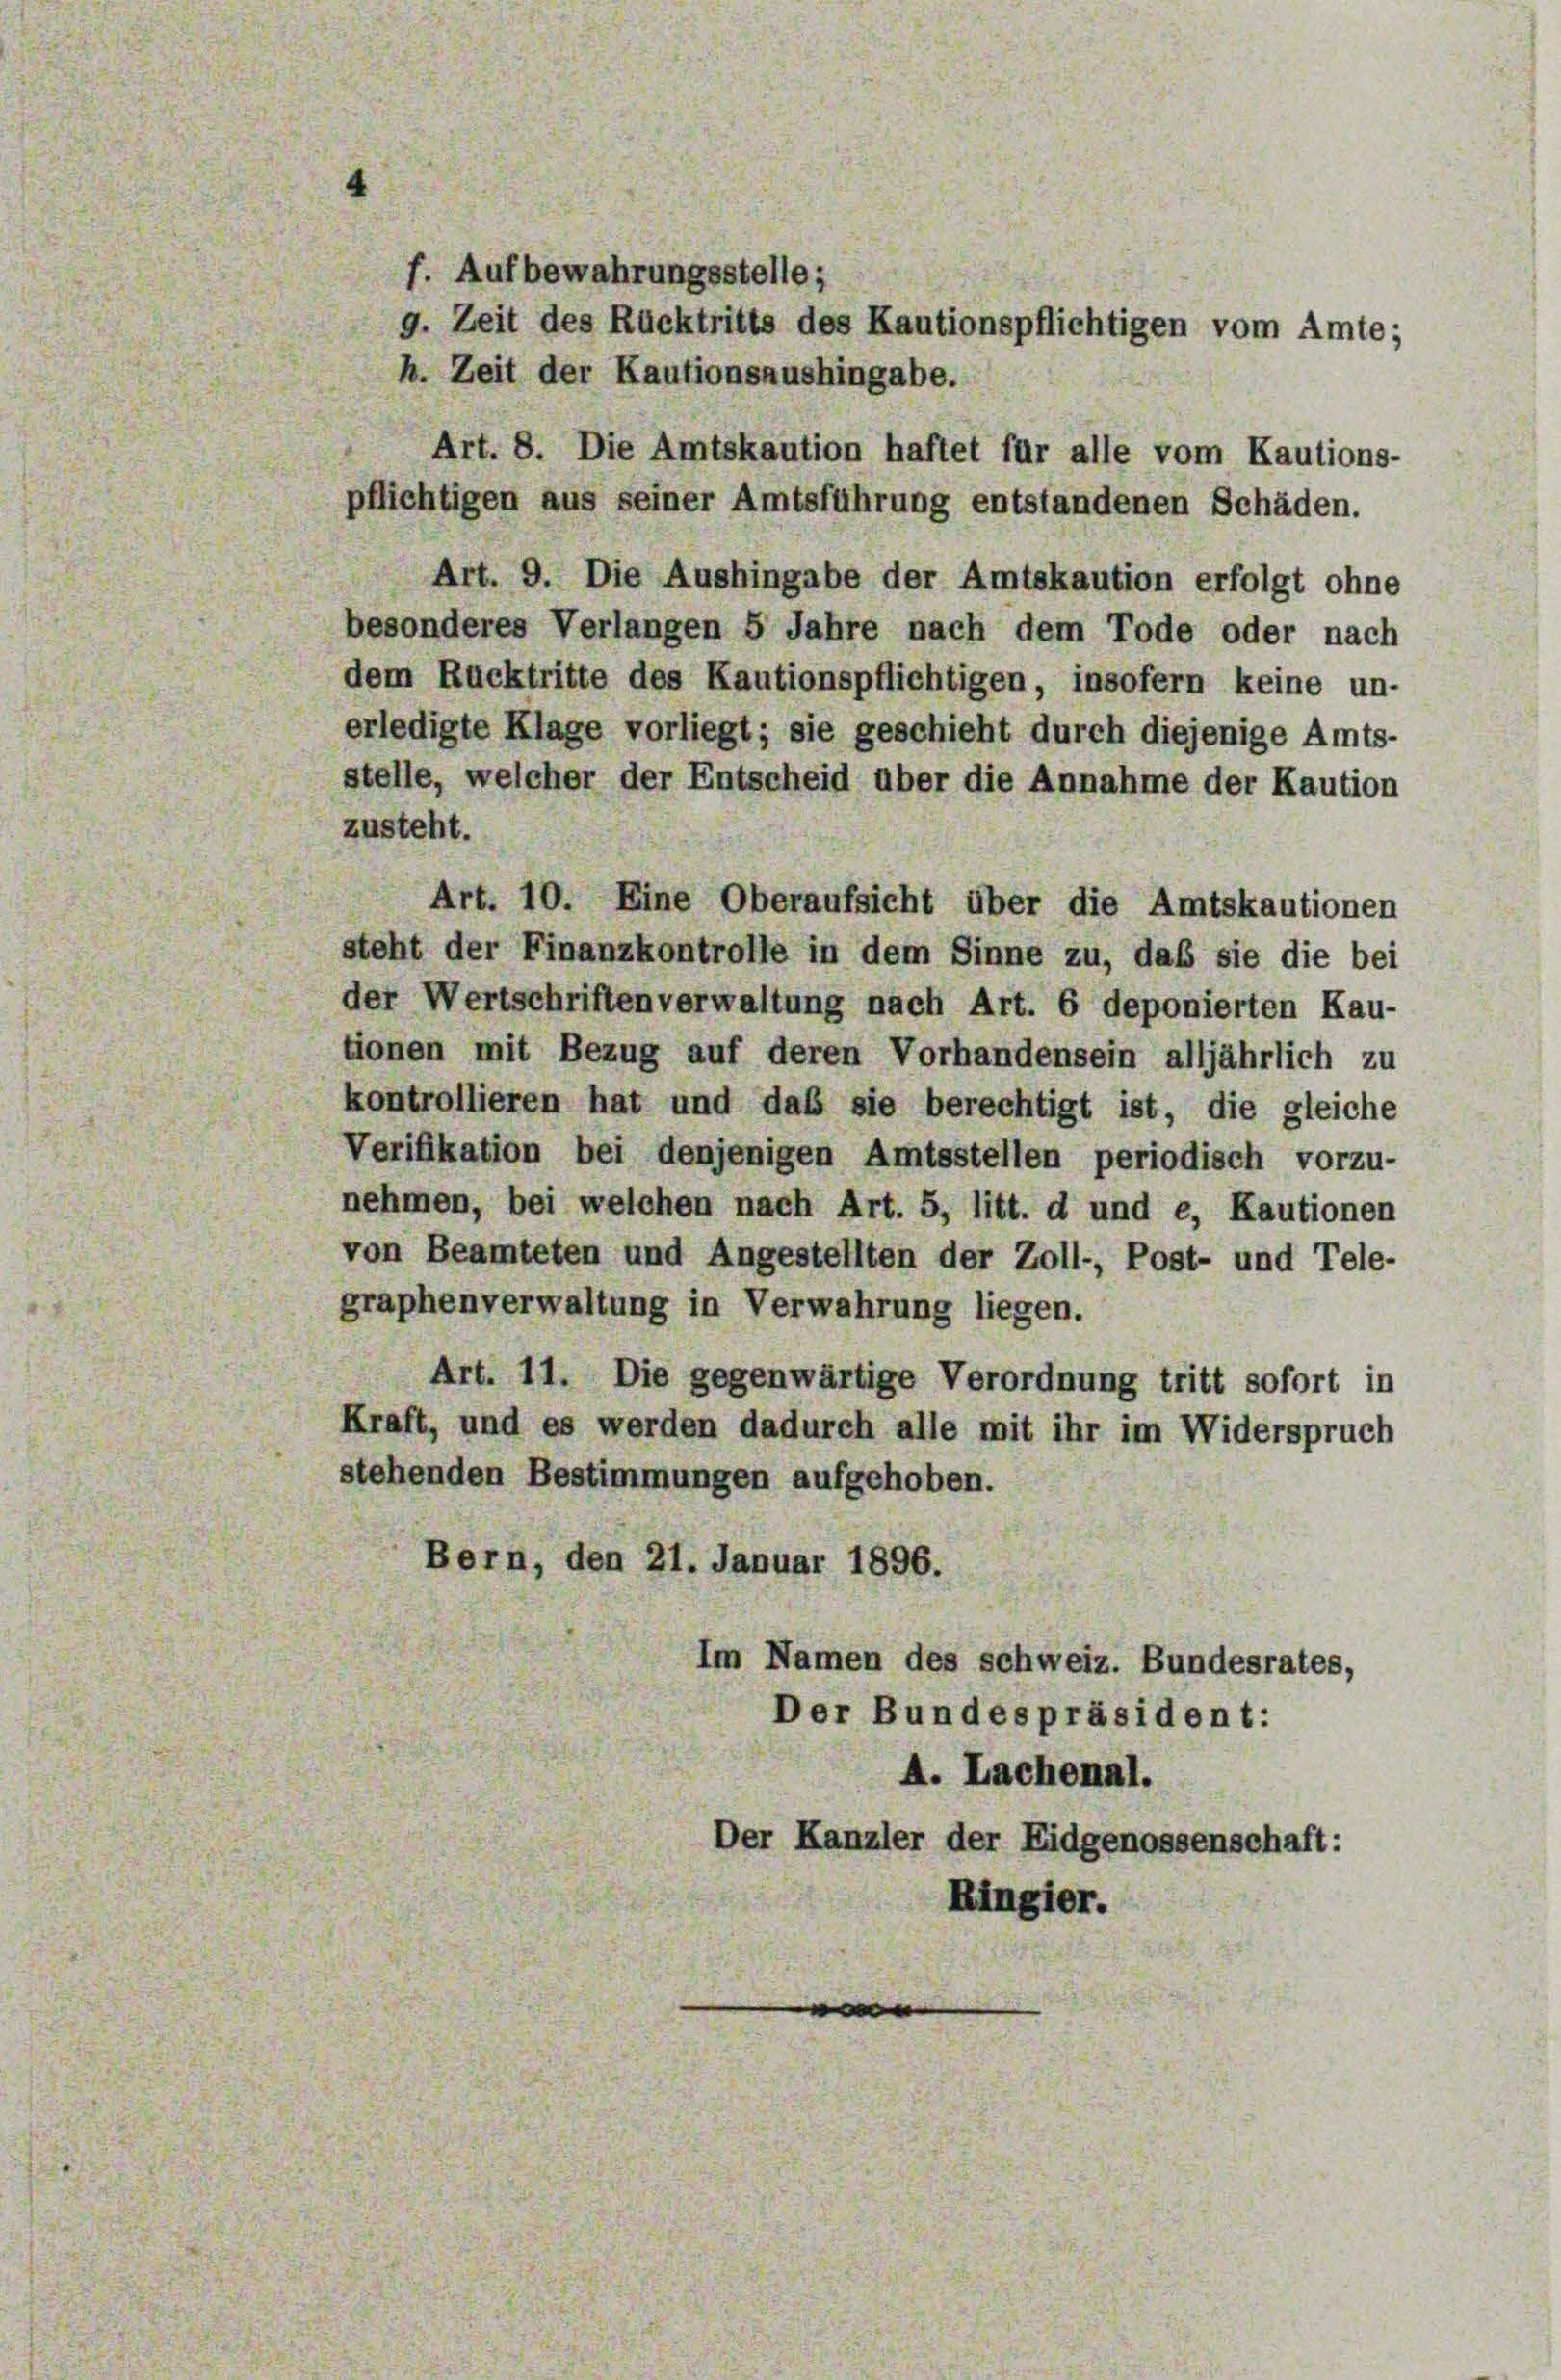
f. Aufbewahrungsstelle;
pflichtigen aus seiner Amtsführung entstandenen Schäden.
Art. 9. Die Aushingabe der Amtskaution erfolgt ohne
besonderes Verlangen 5 Jahre nach dem Tode oder nach
dem Rücktritte des Kautionspflichtigen, insofern keine un-
erledigte Klage vorliegt; sie geschieht durch diejenige Amts-
stelle, welcher der Entscheid über die Annahme der Kaution
zusteht.
Art. 10. Eine Oberaufsicht über die Amtskautionen
steht der Finanzkontrolle in dem Sinne zu, daß sie die bei
der Wertschriften verwaltung nach Art. 6 deponierten Kau-
tionen mit Bezug auf deren Vorhandensein alljährlich zu
kontrollieren hat und daß sie berechtigt ist, die gleiche
Verifikation bei denjenigen Amtsstellen periodisch vorzu-
nehmen, bei welchen nach Art. 5, litt. d und e, Kautionen
von Beamteten und Angestellten der Zoll-, Post- und Tele-
graphenverwaltung in Verwahrung liegen.
Art. 11. Die gegenwärtige Verordnung tritt sofort in
Kraft, und es werden dadurch alle mit ihr im Widerspruch
stehenden Bestimmungen aufgehoben.
Bern, den 21. Januar 1896.
Im Namen des schweiz. Bundesrates,
Der Bundespräsident:
A. Lachenal.
Der Kanzler der Eidgenossenschaft:
Ringier.

9. Zeit des Rücktritts des Kautionspflichtigen vom Amte;
h. Zeit der Kautionsaushingabe.
Art. 8. Die Amtskaution haftet für alle vom Kautions-